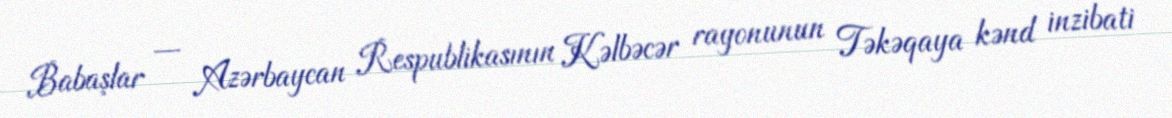
Babaşlar — Azərbaycan Respublikasının Kəlbəcər rayonunun Təkəqaya kənd inzibati